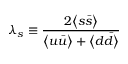
\lambda _ { s } \equiv { \frac { 2 \bigl < s \bar { s } \bigr > } { \bigl < u \bar { u } \bigr > + \bigl < d \bar { d } \bigr > } }